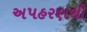
અપહરણથી